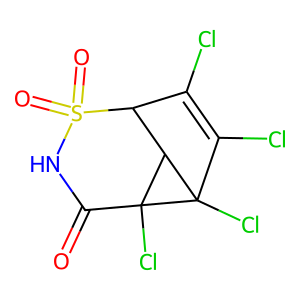
SMILES: O=C1NS(=O)(=O)C2C(Cl)=C(Cl)C3(Cl)C2C13Cl
Inhibits HIV replication: No